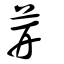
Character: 茾